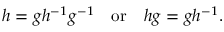
h = g h ^ { - 1 } g ^ { - 1 } \quad \mathrm { o r } \quad h g = g h ^ { - 1 } .